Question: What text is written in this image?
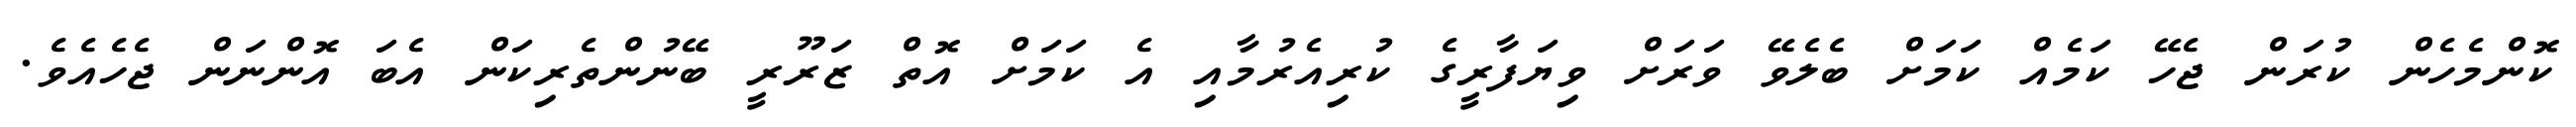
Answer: ކޮންމެހެން ކުރަން ޖެހޭ ކަމެއް ކަމަށް ބެލެވޭ ވަރަށް ވިޔަފާރީގެ ކުރިއެރުމާއި އެ ކަމަށް އޮތް ޒަރޫރީ ބޭނުންތެރިކަން އެބަ އޮންނަން ޖެހެއެވެ.